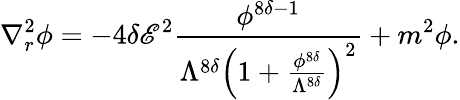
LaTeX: \nabla_{r}^{2}\phi=-4\delta\mathscr{E}^{2}\frac{{\phi^{8\delta-1}}}{{\Lambda^{8\delta}\left(1+\frac{{\phi^{8\delta}}}{{\Lambda^{8\delta}}}\right)^{2}}}+m^{2}\phi.